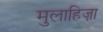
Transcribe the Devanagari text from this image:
मुलाहिज़ा